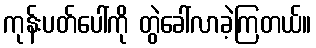
ကုန်းပတ်ပေါ်ကို တွဲခေါ်လာခဲ့ကြတယ်။